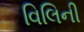
વિલિની